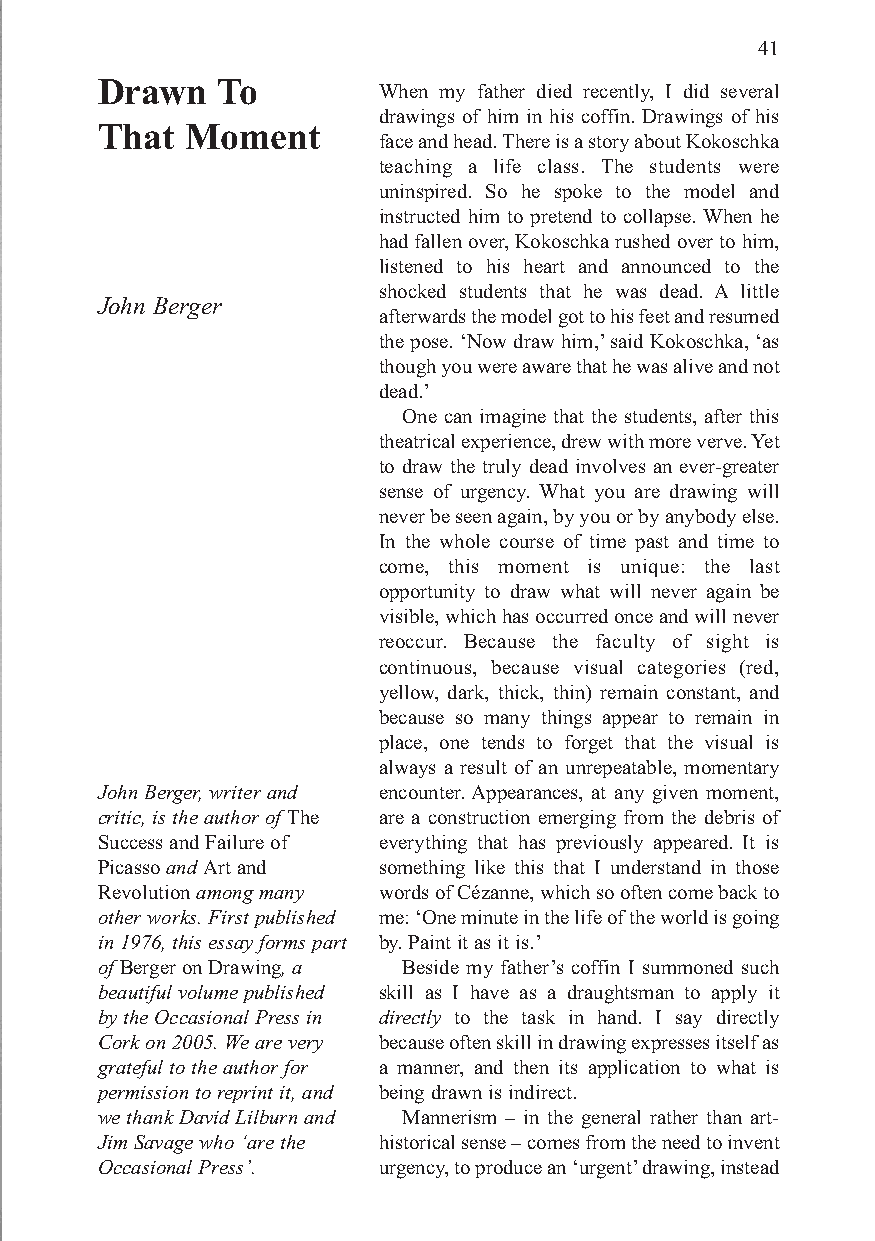
Berger 11/22/04 1:13 AM Page 41
 41
 Drawn   To
 When my father died recently, I did several
 drawings of him in his coffin. Drawings of his
 That  Moment
 face and head. There is a story about Kokoschka
 teaching a life class. The students were
 uninspired. So he spoke to the model and
 instructed him to pretend to collapse. When he
 had fallen over, Kokoschka rushed over to him,
 listened to his heart and announced to the
 shocked students that he was dead. A little
 John Berger
 afterwards the model got to his feet and resumed
 the pose. ‘Now draw him,’said Kokoschka, ‘as
 though you were aware that he was alive and not
 dead.’
 One can imagine that the students, after this
 theatrical experience, drew with more verve. Yet
 to draw the truly dead involves an ever-greater
 sense of urgency. What you are drawing will
 never be seen again, by you or by anybody else.
 In the whole course of time past and time to
 come, this moment is unique: the last
 opportunity to draw what will never again be
 visible, which has occurred once and will never
 reoccur. Because the faculty of sight is
 continuous, because visual categories (red,
 yellow, dark, thick, thin) remain constant, and
 because so many things appear to remain in
 place, one tends to forget that the visual is
 always a result of an unrepeatable, momentary
 John Berger, writer and encounter. Appearances, at any given moment,
 critic, is the author of The are a construction emerging from the debris of
 Success and Failure of everything that has previously appeared. It is
 Picassoand Art and something like this that I understand in those
 Revolutionamong many words of Cézanne, which so often come back to
 other works. First published me: ‘One minute in the life of the world is going
 in 1976, this essay forms part by. Paint it as it is.’
 of Berger on Drawing, a Beside my father’s coffin I summoned such
 beautiful volume published skill as I have as a draughtsman to apply it
 by the Occasional Press in directly to the task in hand. I say directly
 Cork on 2005. We are very because often skill in drawing expresses itself as
 grateful to the author for a manner, and then its application to what is
 permission to reprint it, and being drawn is indirect.
 we thank David Lilburn and Mannerism – in the general rather than art-
 Jim Savage who ‘are the historical sense – comes from the need to invent
 Occasional Press’. urgency, to produce an ‘urgent’drawing, instead